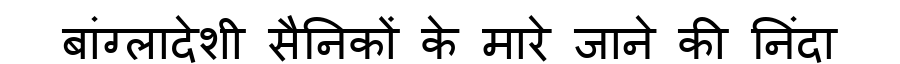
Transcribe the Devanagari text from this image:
बांग्लादेशी सैनिकों के मारे जाने की निंदा